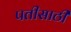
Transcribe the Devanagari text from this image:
पतीसाठी